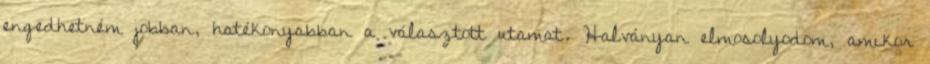
engedhetném jobban, hatékonyabban a választott utamat. Halványan elmosolyodom, amikor